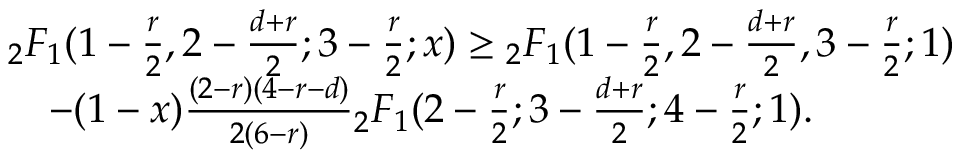
\begin{array} { r l } & { { _ 2 F _ { 1 } } ( 1 - \frac { r } { 2 } , 2 - \frac { d + r } { 2 } ; 3 - \frac { r } { 2 } ; x ) \geq { _ 2 F _ { 1 } } ( 1 - \frac { r } { 2 } , 2 - \frac { d + r } { 2 } , 3 - \frac { r } { 2 } ; 1 ) } \\ & { \quad - ( 1 - x ) \frac { ( 2 - r ) ( 4 - r - d ) } { 2 ( 6 - r ) } { _ 2 F _ { 1 } } ( 2 - \frac { r } { 2 } ; 3 - \frac { d + r } { 2 } ; 4 - \frac { r } { 2 } ; 1 ) . } \end{array}